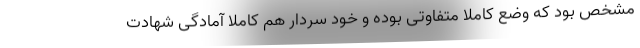
مشخص بود که وضع کاملا متفاوتی بوده و خود سردار هم کاملا آمادگی شهادت